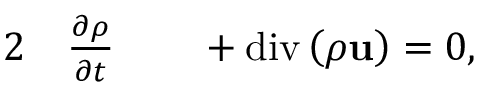
\begin{array} { r l r l } { { 2 } } & { { } \frac { \partial \rho } { \partial t } } & { } & { { } + \mathrm { d i v } \left( \rho \mathbf { u } \right) = 0 , } \end{array}